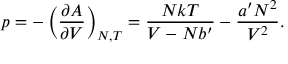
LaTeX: p = - \left( { \frac { \partial A } { \partial V } } \right) _ { N , T } = { \frac { N k T } { V - N b ^ { \prime } } } - { \frac { a ^ { \prime } N ^ { 2 } } { V ^ { 2 } } } .